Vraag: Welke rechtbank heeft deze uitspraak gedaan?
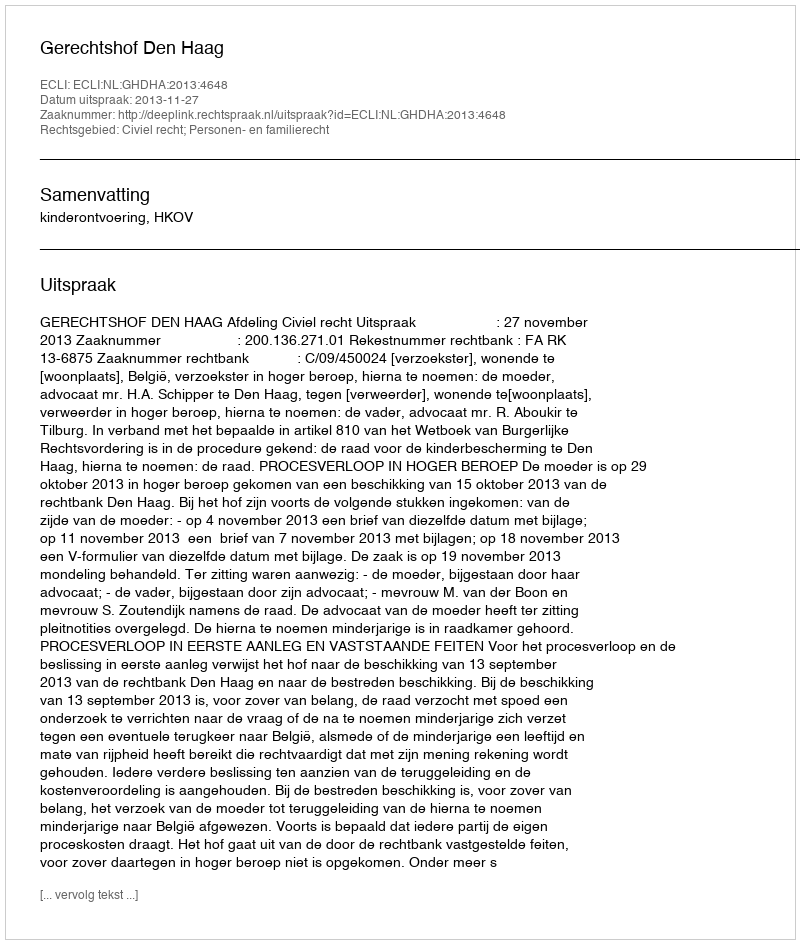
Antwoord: Gerechtshof Den Haag